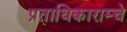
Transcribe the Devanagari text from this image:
प्रताधिकाराम्चे